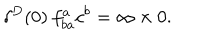
\delta ^ { D } ( 0 ) \: f _ { b a } ^ { a } c ^ { b } = \infty \times 0 .